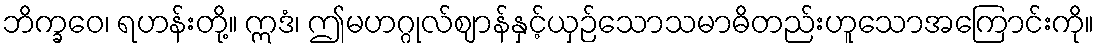
ဘိက္ခဝေ၊ ရဟန်းတို့။ ဣဒံ၊ ဤမဟဂ္ဂုလ်ဈာန်နှင့်ယှဉ်သောသမာဓိတည်းဟူသောအကြောင်းကို။